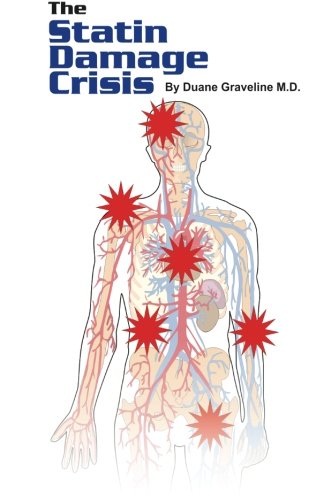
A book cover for The Statin Damage Crisis; Duane Graveline MD; Health, Fitness & Dieting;